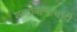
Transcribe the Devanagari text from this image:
शब्दावल्यांचाही